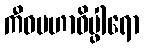
ကီဝမဟာဝိပ္ဖါရော